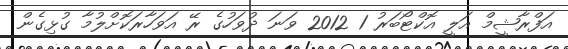
އަފްރާޝީމް އަލީ އޮކްޓޯބަރު 1 2012 ވަނަ ދުވަހުގެ ރޭ އަވަހާރަކޮށްލުމާ ގުޅިގެން